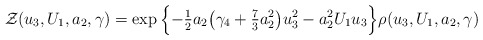
\begin{align*}\mathcal{Z}(u_3,U_1,a_2,\gamma) =\exp\Big\{{-}\tfrac{1}{2}a_2\big(\gamma_4 +\tfrac{7}{3}a_2^2\big)u_3^2 - a_2^2 U_1 u_3 \Big\}\rho(u_3,U_1,a_2,\gamma)\end{align*}